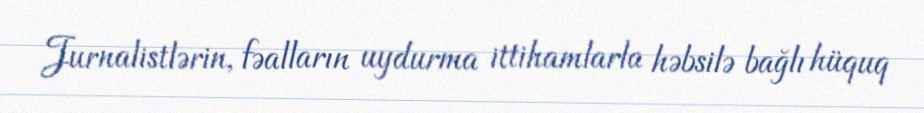
Jurnalistlərin, fəalların uydurma ittihamlarla həbsilə bağlı hüquq